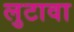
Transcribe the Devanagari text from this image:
लुटावा